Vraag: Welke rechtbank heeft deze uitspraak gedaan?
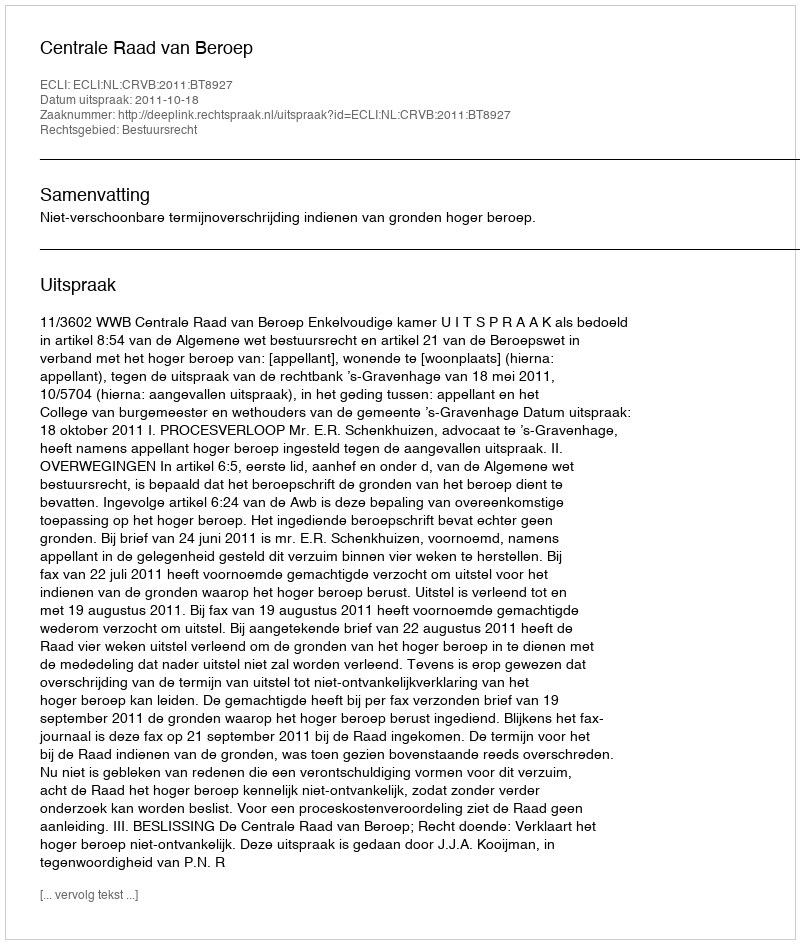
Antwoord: Centrale Raad van Beroep